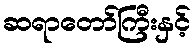
ဆရာတော်ကြီးနှင့်